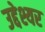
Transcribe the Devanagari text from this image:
उद्देश्यर